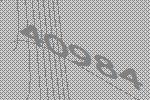
40984